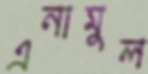
এনামুল